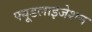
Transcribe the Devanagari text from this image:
फ्यूडलाइजेशन